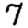
Digit: 7